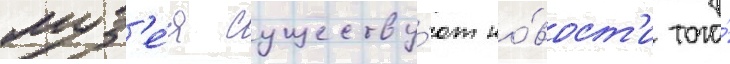
муз'е́я существу́ют но́вост'и того́